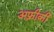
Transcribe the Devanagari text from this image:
अफ़्रीक़ी